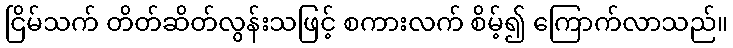
ငြိမ်သက် တိတ်ဆိတ်လွန်းသဖြင့် စကားလက် စိမ့်၍ ကြောက်လာသည်။